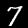
Digit: 7